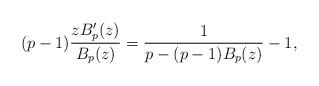
LaTeX: \begin{align*}(p-1) \frac{z B_p'(z)}{B_p(z)} = \frac1{p-(p-1)B_p(z)} -1,\end{align*}